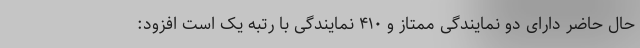
حال حاضر دارای دو نمایندگی ممتاز و ۴۱۰ نمایندگی با رتبه یک است افزود: